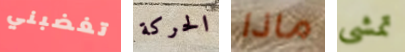
تغضبني الحركة ماذا تمشى